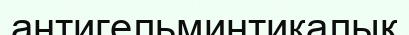
антигельминтикалық